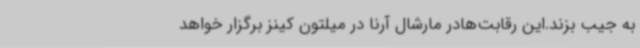
به جیب بزند.این رقابت‌هادر مارشال آرنا در میلتون کینز برگزار خواهد